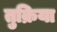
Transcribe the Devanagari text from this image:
तुक्रिया